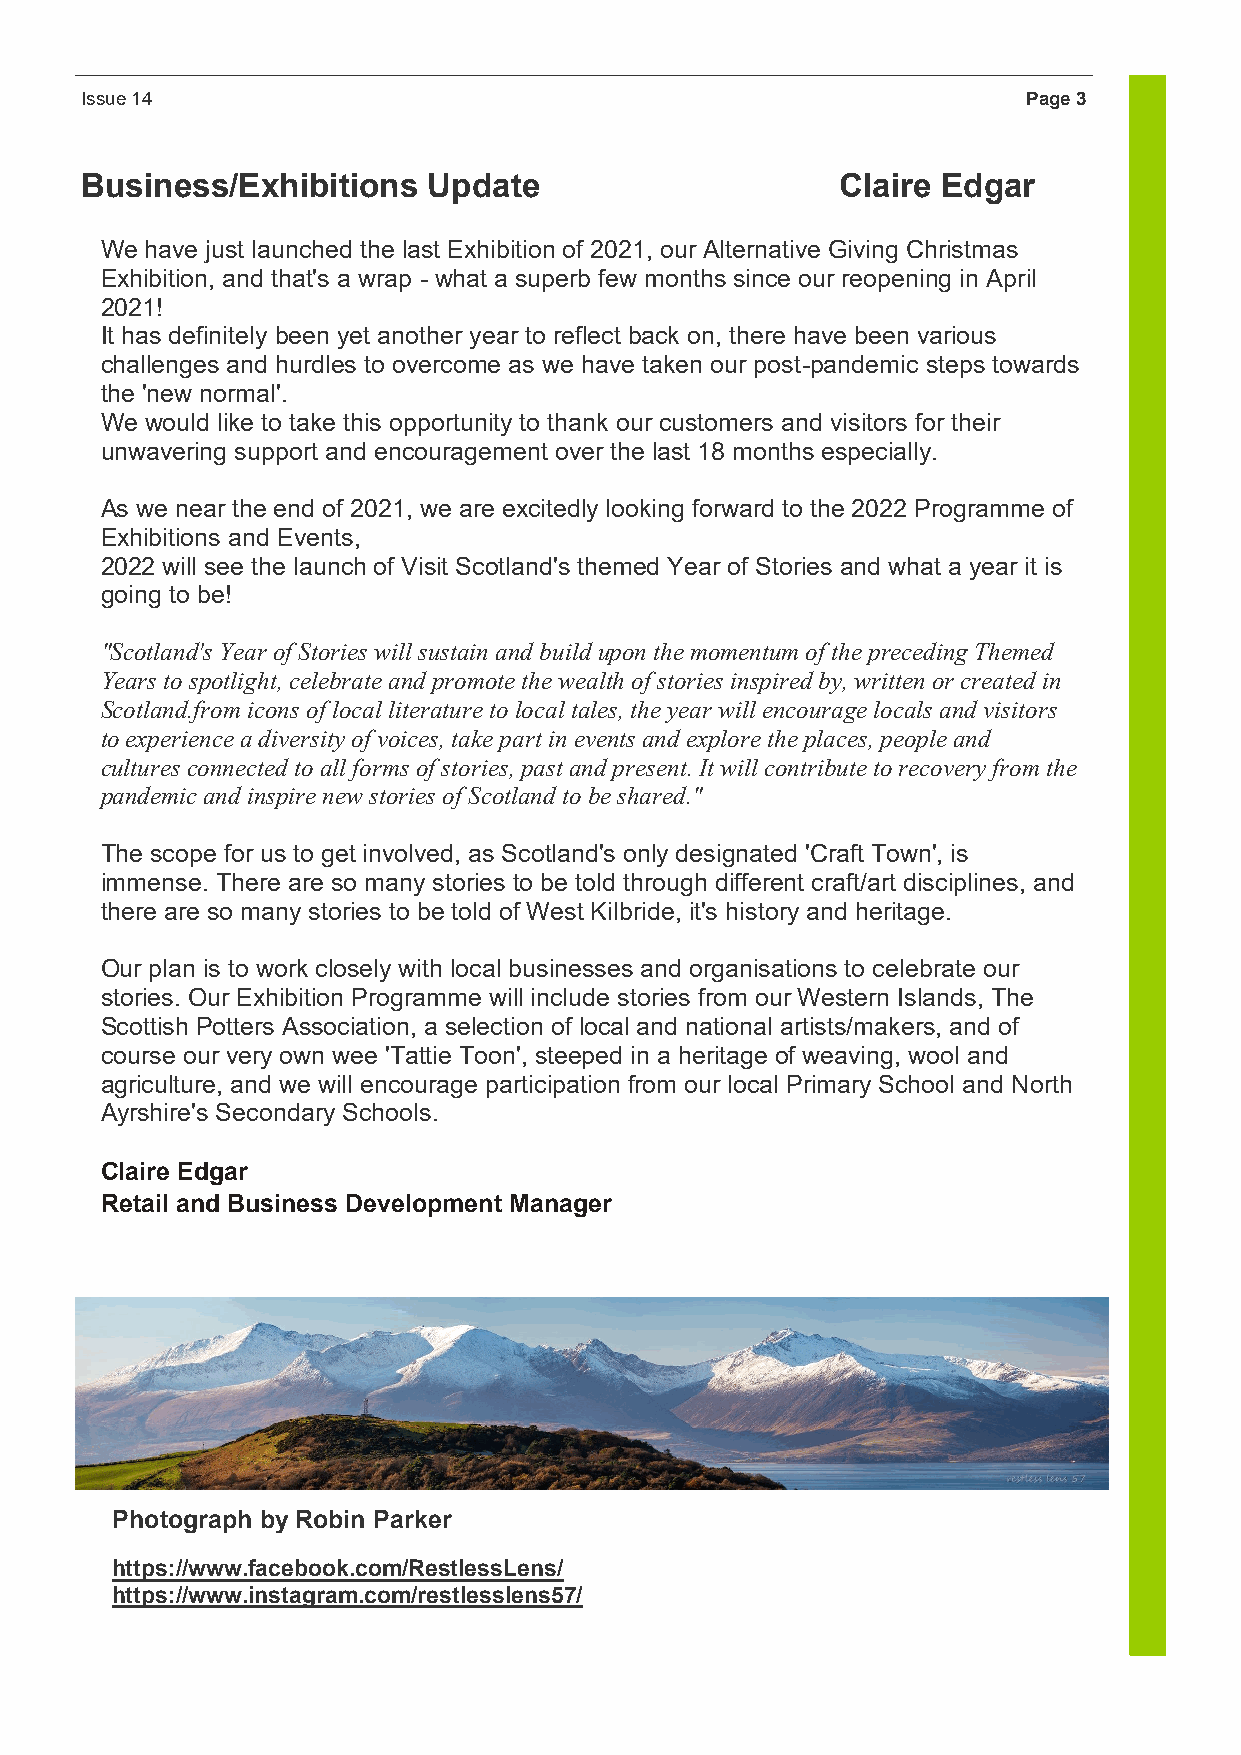
Issue 14                                                       Page 3
 Business/Exhibitions   Update                      Claire Edgar
 We have just launched the last Exhibition of 2021, our Alternative Giving Christmas
 Exhibition, and that's a wrap - what a superb few months since our reopening in April
 2021!
 It has definitely been yet another year to reflect back on, there have been various
 challenges and hurdles to overcome as we have taken our post-pandemic steps towards
 the 'new normal'.
 We would like to take this opportunity to thank our customers and visitors for their
 unwavering support and encouragement over the last 18 months especially.
 As we near the end of 2021, we are excitedly looking forward to the 2022 Programme of
 Exhibitions and Events,
 2022 will see the launch of Visit Scotland's themed Year of Stories and what a year it is
 going to be!
 "Scotland's Year of Stories will sustain and build upon the momentum of the preceding Themed
 Years to spotlight, celebrate and promote the wealth of stories inspired by, written or created in
 Scotland.from icons of local literature to local tales, the year will encourage locals and visitors
 to experience a diversity of voices, take part in events and explore the places, people and
 cultures connected to all forms of stories, past and present. It will contribute to recovery from the
 pandemic and inspire new stories of Scotland to be shared."
 The scope for us to get involved, as Scotland's only designated 'Craft Town', is
 immense. There are so many stories to be told through different craft/art disciplines, and
 there are so many stories to be told of West Kilbride, it's history and heritage.
 Our plan is to work closely with local businesses and organisations to celebrate our
 stories. Our Exhibition Programme will include stories from our Western Islands, The
 Scottish Potters Association, a selection of local and national artists/makers, and of
 course our very own wee 'Tattie Toon', steeped in a heritage of weaving, wool and
 agriculture, and we will encourage participation from our local Primary School and North
 Ayrshire's Secondary Schools.
 Claire Edgar
 Retail and Business Development Manager
 Photograph by Robin Parker
 https://www.facebook.com/RestlessLens/
 https://www.instagram.com/restlesslens57/